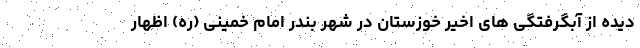
دیده از آبگرفتگی های اخیر خوزستان در شهر بندر امام خمینی (ره) اظهار